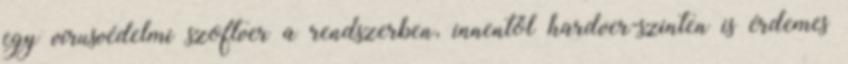
egy vírusvédelmi szoftver a rendszerben, innentől hardver-szinten is érdemes